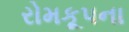
રોમકૂપના